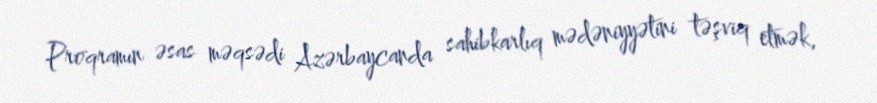
Proqramın əsas məqsədi Azərbaycanda sahibkarlıq mədəniyyətini təşviq etmək,